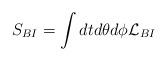
LaTeX: \begin{align*}S_{BI} = \int dt d\theta d\phi {\cal L}_{BI}\end{align*}